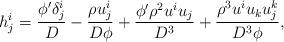
LaTeX: \begin{align*}h^i_j = \dfrac{\phi'\delta^i_j}{D} - \dfrac{\rho u^i_j}{D\phi} + \dfrac{\phi'\rho^2 u^iu_j}{D^3} + \dfrac{\rho^3 u^iu_k u^k_j}{D^3\phi},\end{align*}